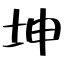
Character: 坤